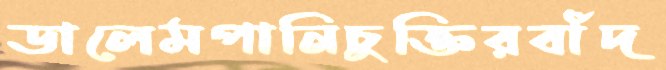
ডালেমপানিচুক্তিরবাঁদ